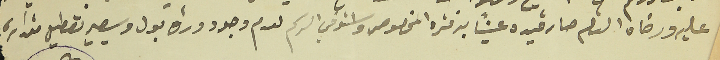
عليه ورضاه التام صار قيده عيناً بدفتره المخصوص واستوفى الرسم لعدم وجود وراق بول وسيصير تعطيل مقداره